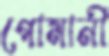
গোমানী